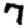
Digit: 7